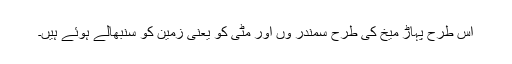
اس طرح پہاڑ میخ کی طرح سمندر وں اور مٹی کو یعنی زمین کو سنبھالے ہوئے ہیں۔